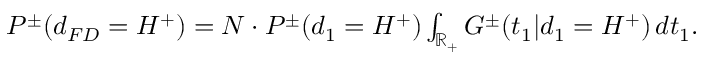
\begin{array} { r } { P ^ { \pm } ( d _ { F D } = H ^ { + } ) = N \cdot P ^ { \pm } ( d _ { 1 } = H ^ { + } ) \int _ { \mathbb { R } _ { + } } G ^ { \pm } ( t _ { 1 } | d _ { 1 } = H ^ { + } ) \, d t _ { 1 } . } \end{array}